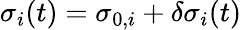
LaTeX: \sigma_{i}(t)=\sigma_{0,i}+\delta\sigma_{i}(t)